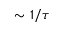
\sim 1 / \tau